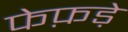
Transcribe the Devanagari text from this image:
फेफ़ड़े